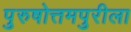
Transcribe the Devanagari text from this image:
पुरुषोत्तमपुरीला